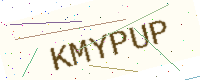
Text: KMYPUP